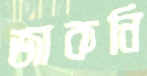
জাকনি